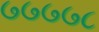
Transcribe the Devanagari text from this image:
७७७७८